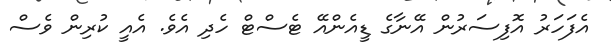
އެފަހަރު އޮފިސަރުން އޭނާގެ ޑީއެންއޭ ޓެސްޓް ހެދި އެވެ. އެއީ ކުރިން ވެސް